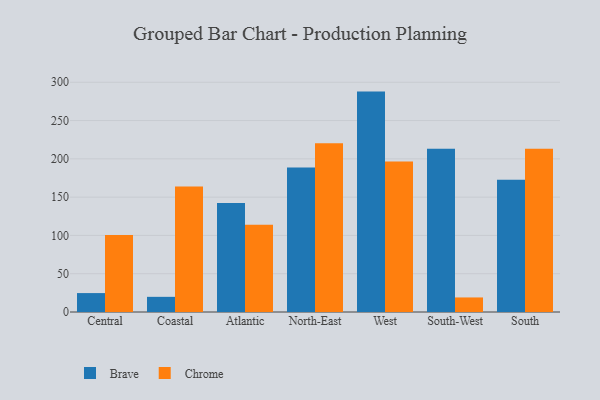
{"axis": {"x": "Region", "y": "Conversion Rate (%)"}, "legend": ["Brave", "Chrome"], "data": [{"x": "Central", "y": 24.7, "type": "Brave"}, {"x": "Central", "y": 100.4, "type": "Chrome"}, {"x": "Coastal", "y": 19.8, "type": "Brave"}, {"x": "Coastal", "y": 163.8, "type": "Chrome"}, {"x": "Atlantic", "y": 142.2, "type": "Brave"}, {"x": "Atlantic", "y": 113.9, "type": "Chrome"}, {"x": "North-East", "y": 188.8, "type": "Brave"}, {"x": "North-East", "y": 220.4, "type": "Chrome"}, {"x": "West", "y": 287.8, "type": "Brave"}, {"x": "West", "y": 196.4, "type": "Chrome"}, {"x": "South-West", "y": 213.2, "type": "Brave"}, {"x": "South-West", "y": 19.0, "type": "Chrome"}, {"x": "South", "y": 172.6, "type": "Brave"}, {"x": "South", "y": 213.3, "type": "Chrome"}]}